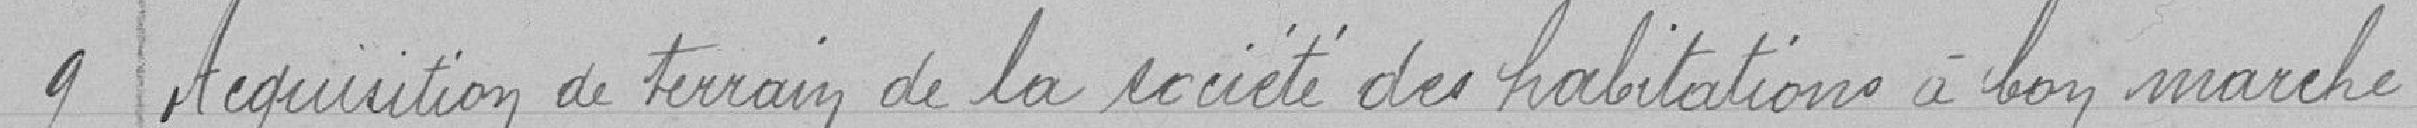
9 Acquisition de terrain de la société des habitations à bon marché.